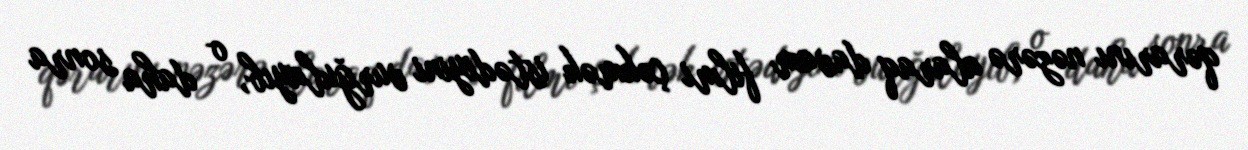
qərarını nəzərə alaraq davam filmi çəkmək istədiyini vurğulayıb, o daha sonra